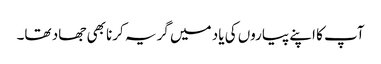
آپ کا اپنے پیاروں کی یاد میں گریہ کرنا بھی جھاد تھا۔